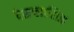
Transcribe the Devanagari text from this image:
दैसप्लासिअ